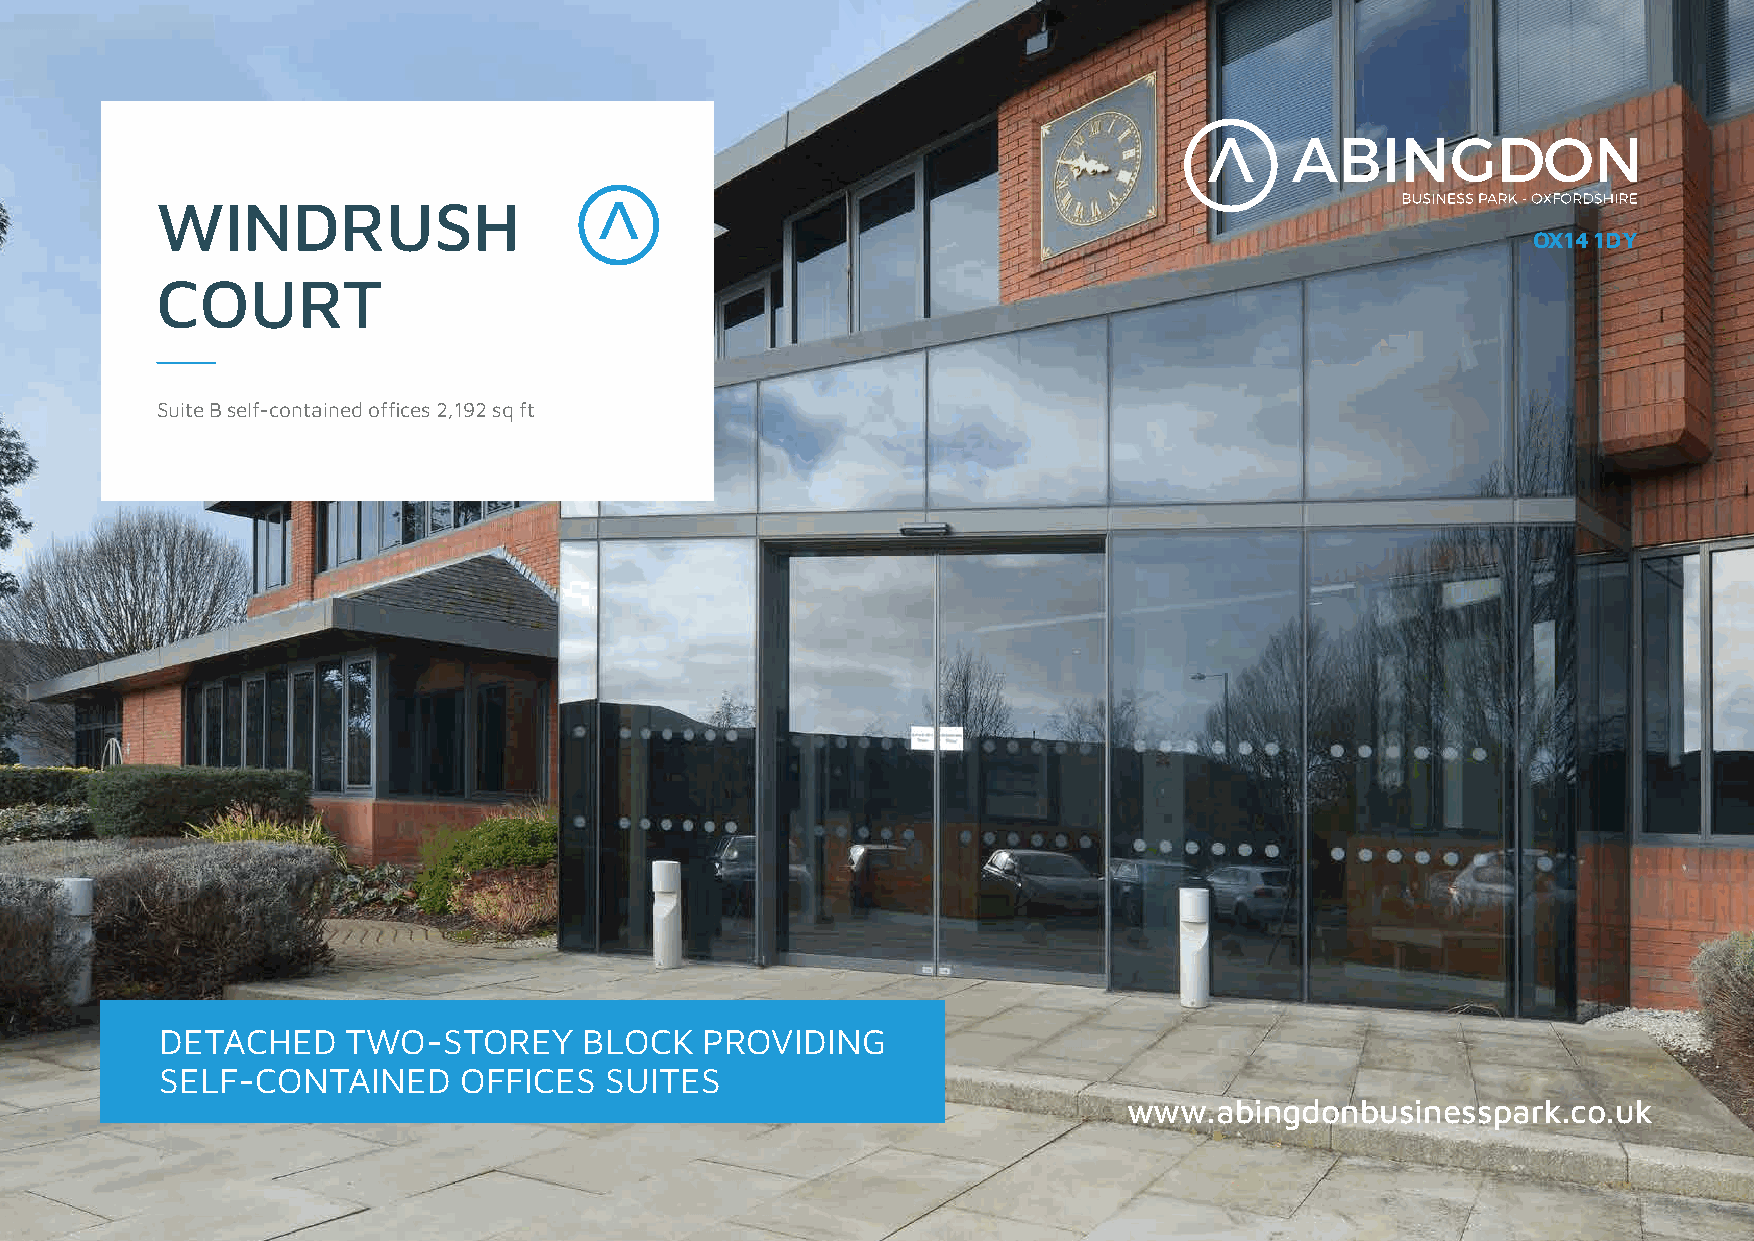
WINDRUSH
 OX14 1DY
 COURT
 Suite B self-contained offices 2,192 sq ft
 DETACHED    TWO-STOREY      BLOCK  PROVIDING
 SELF-CONTAINED     OFFICES   SUITES
 www.abingdonbusinesspark.co.uk